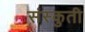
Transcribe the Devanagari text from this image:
संस्कुती